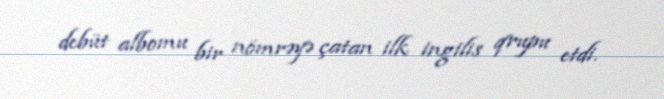
debüt albomu bir nömrəyə çatan ilk ingilis qrupu etdi.